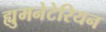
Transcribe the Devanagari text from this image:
ह्युमनेटेरियन